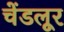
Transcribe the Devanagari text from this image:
चेंडलूर